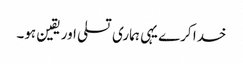
خدا کرے یہی ہماری تسلی اور یقین ہو۔